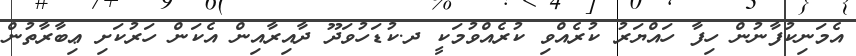
އެމަނިކުފާނުން ހިފާ ހައްޔަރު ކުރެއްވި ކުރެއްވުމަކީ ދ.ކުޑަހުވަދޫ ދާއިރާއިން އެކަން ހަރުކަށި ޢިބާރާތުން